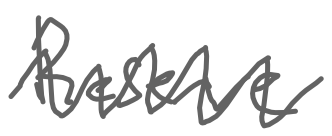
Text: Reserve
Cross-out: zig-zag
Writing tool: digital_gray